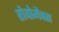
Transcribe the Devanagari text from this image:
रोबोमैक्स